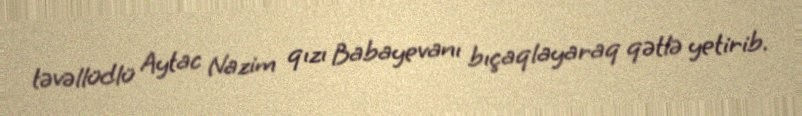
təvəllüdlü Aytac Nazim qızı Babayevanı bıçaqlayaraq qətlə yetirib.